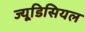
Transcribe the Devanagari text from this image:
ज्यूडिसियल